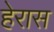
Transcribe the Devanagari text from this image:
हेरास